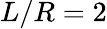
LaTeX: L/R=2